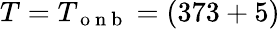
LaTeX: T=T_{\mathrm{~o~n~b~}}=(373+5)